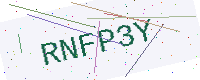
Text: RNFP3Y